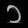
Digit: ၁